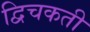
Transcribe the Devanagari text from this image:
द्विचकती